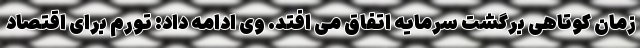
زمان کوتاهی برگشت سرمایه اتفاق می افتد. وی ادامه داد: تورم برای اقتصاد